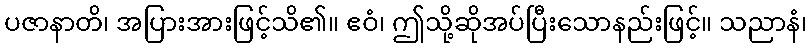
ပဇာနာတိ၊ အပြားအားဖြင့်သိ၏။ ဧဝံ၊ ဤသို့ဆိုအပ်ပြီးသောနည်းဖြင့်။ သညာနံ၊